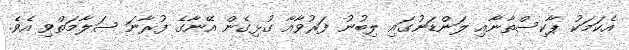
އެކަމަކު ޕާކިސްތާނާއި ލަންޑަނުގައި ލިބުނު ފަރުވާއާ ގުޅިގެން އޭނާގެ ފުރާނަ ސަލާމަތްވި އެވެ.